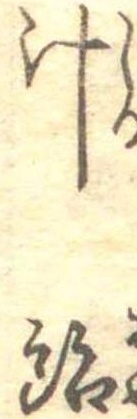
汁飴